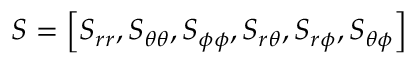
\boldsymbol { S } = \left[ S _ { r r } , S _ { \theta \theta } , S _ { \phi \phi } , S _ { r \theta } , S _ { r \phi } , S _ { \theta \phi } \right]